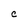
Character: C